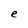
Character: e